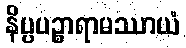
နိပ္ပပဉ္စာရာမဿာယံ